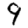
Digit: 9